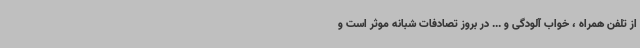
از تلفن همراه ، خواب آلودگی و ... در بروز تصادفات شبانه موثر است و